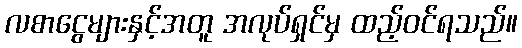
လစာငွေများနှင့်အတူ အလုပ်ရှင်မှ ထည့်ဝင်ရသည်။